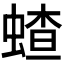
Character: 𬠜